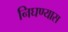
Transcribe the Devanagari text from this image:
निघण्यास